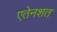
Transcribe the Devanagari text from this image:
एतेनशत